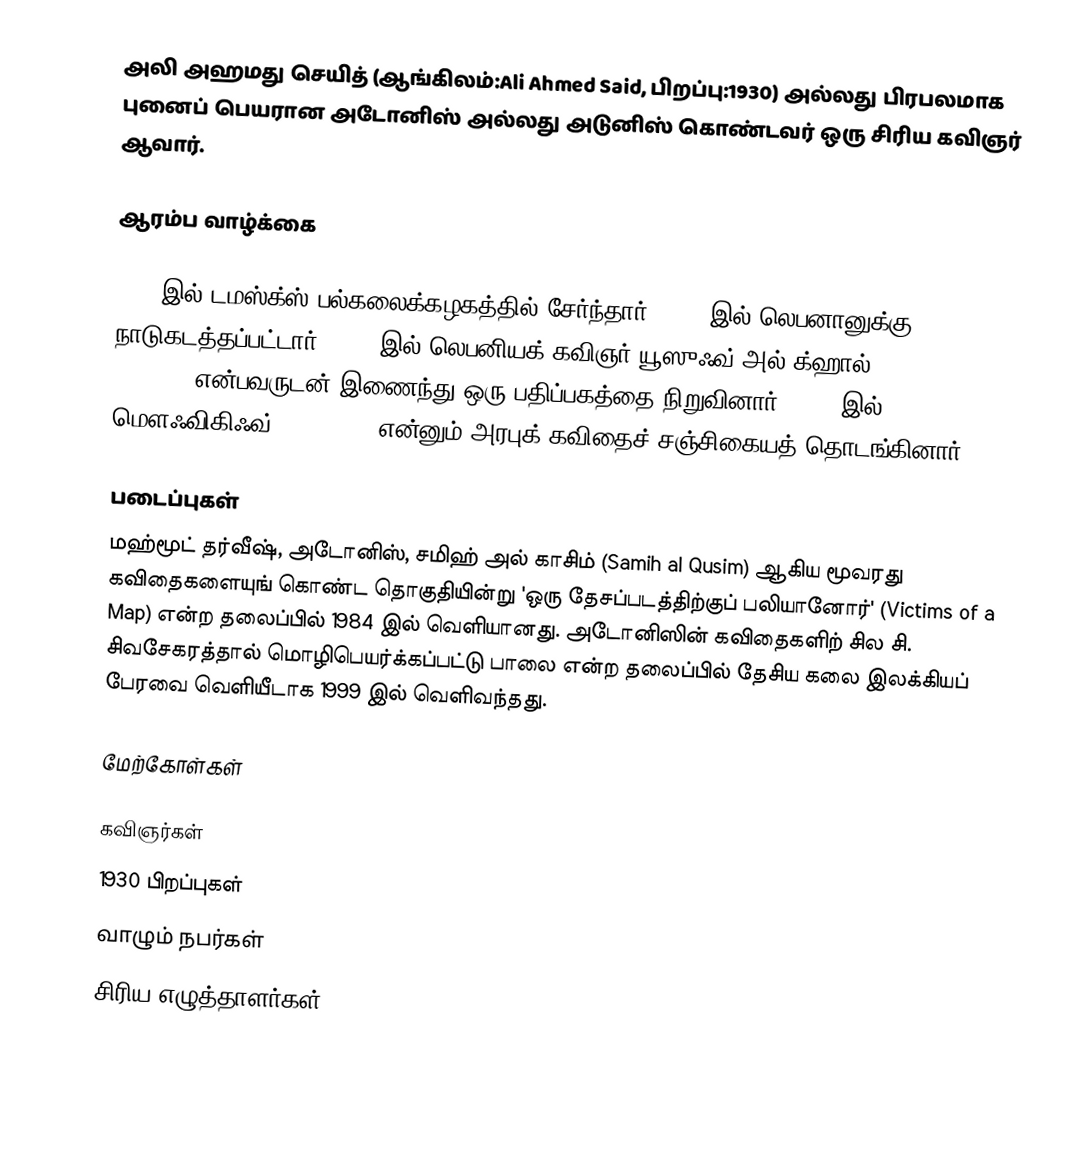
அலி அஹமது செயித் (ஆங்கிலம்:Ali Ahmed Said, பிறப்பு:1930) அல்லது பிரபலமாக புனைப் பெயரான அடோனிஸ் அல்லது அடுனிஸ் கொண்டவர் ஒரு சிரிய கவிஞர் ஆவார்.

ஆரம்ப வாழ்க்கை

1950 இல் டமஸ்க்ஸ் பல்கலைக்கழகத்தில் சேர்ந்தார். 1956 இல் லெபனானுக்கு நாடுகடத்தப்பட்டார். 1957 இல் லெபனியக் கவிஞர் யூஸுஃவ் அல்-க்ஹால் (Yusuf al-Khal) என்பவருடன் இணைந்து ஒரு பதிப்பகத்தை நிறுவினார். 1968 இல் மௌஃவிகிஃவ் (Mawfiqif) என்னும் அரபுக் கவிதைச் சஞ்சிகையத் தொடங்கினார்.

படைப்புகள்
மஹ்மூட் தர்வீஷ், அடோனிஸ், சமிஹ் அல் காசிம் (Samih al Qusim) ஆகிய மூவரது கவிதைகளையுங் கொண்ட தொகுதியின்று 'ஒரு தேசப்படத்திற்குப் பலியானோர்' (Victims of a Map) என்ற தலைப்பில் 1984 இல் வெளியானது. அடோனிஸின் கவிதைகளிற் சில சி. சிவசேகரத்தால் மொழிபெயர்க்கப்பட்டு பாலை என்ற தலைப்பில் தேசிய கலை இலக்கியப் பேரவை வெளியீடாக 1999 இல் வெளிவந்தது.

மேற்கோள்கள்

கவிஞர்கள்
1930 பிறப்புகள்
வாழும் நபர்கள்
சிரிய எழுத்தாளர்கள்